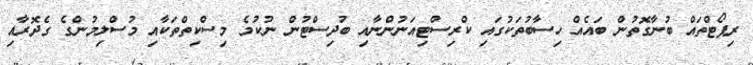
ރިޕޯޓްތައް ބުނާގޮތުން ބައެއް ހިސާބުތަކުގައި ކްރިސްޓިއަނުންނާއި ބުދިސްޓުން ނުކުމެ މިސްކިތްތަކާއި މުސްލިމުންގެ ގެދޮރާއި